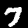
Label: 7